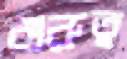
শুরুত্ব